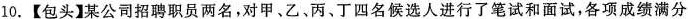
10.【包头】某公司招聘职员两名，对甲、乙、丙、丁四名候选人进行了笔试和面试，各项成绩满分